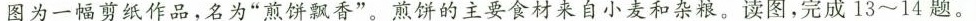
图为一幅剪纸作品，名为”煎饼飘香”。煎饼的主要食材来自小麦和杂粮。读图，完成13~14题。